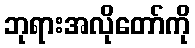
ဘုရားအလိုတော်ကို